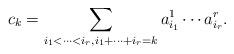
LaTeX: \begin{align*}c_k = \sum_{i_1<\cdots < i_r, i_1+\cdots +i_r=k} a^1_{i_1}\cdots a^r_{i_r}.\end{align*}